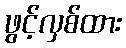
ဖွင့်လှစ်ထား